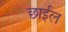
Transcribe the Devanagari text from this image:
छार्इल